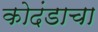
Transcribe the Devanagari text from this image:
कोदंडाचा